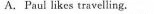
A.Paul likes travelling.